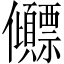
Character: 𫤕